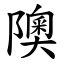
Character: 隩